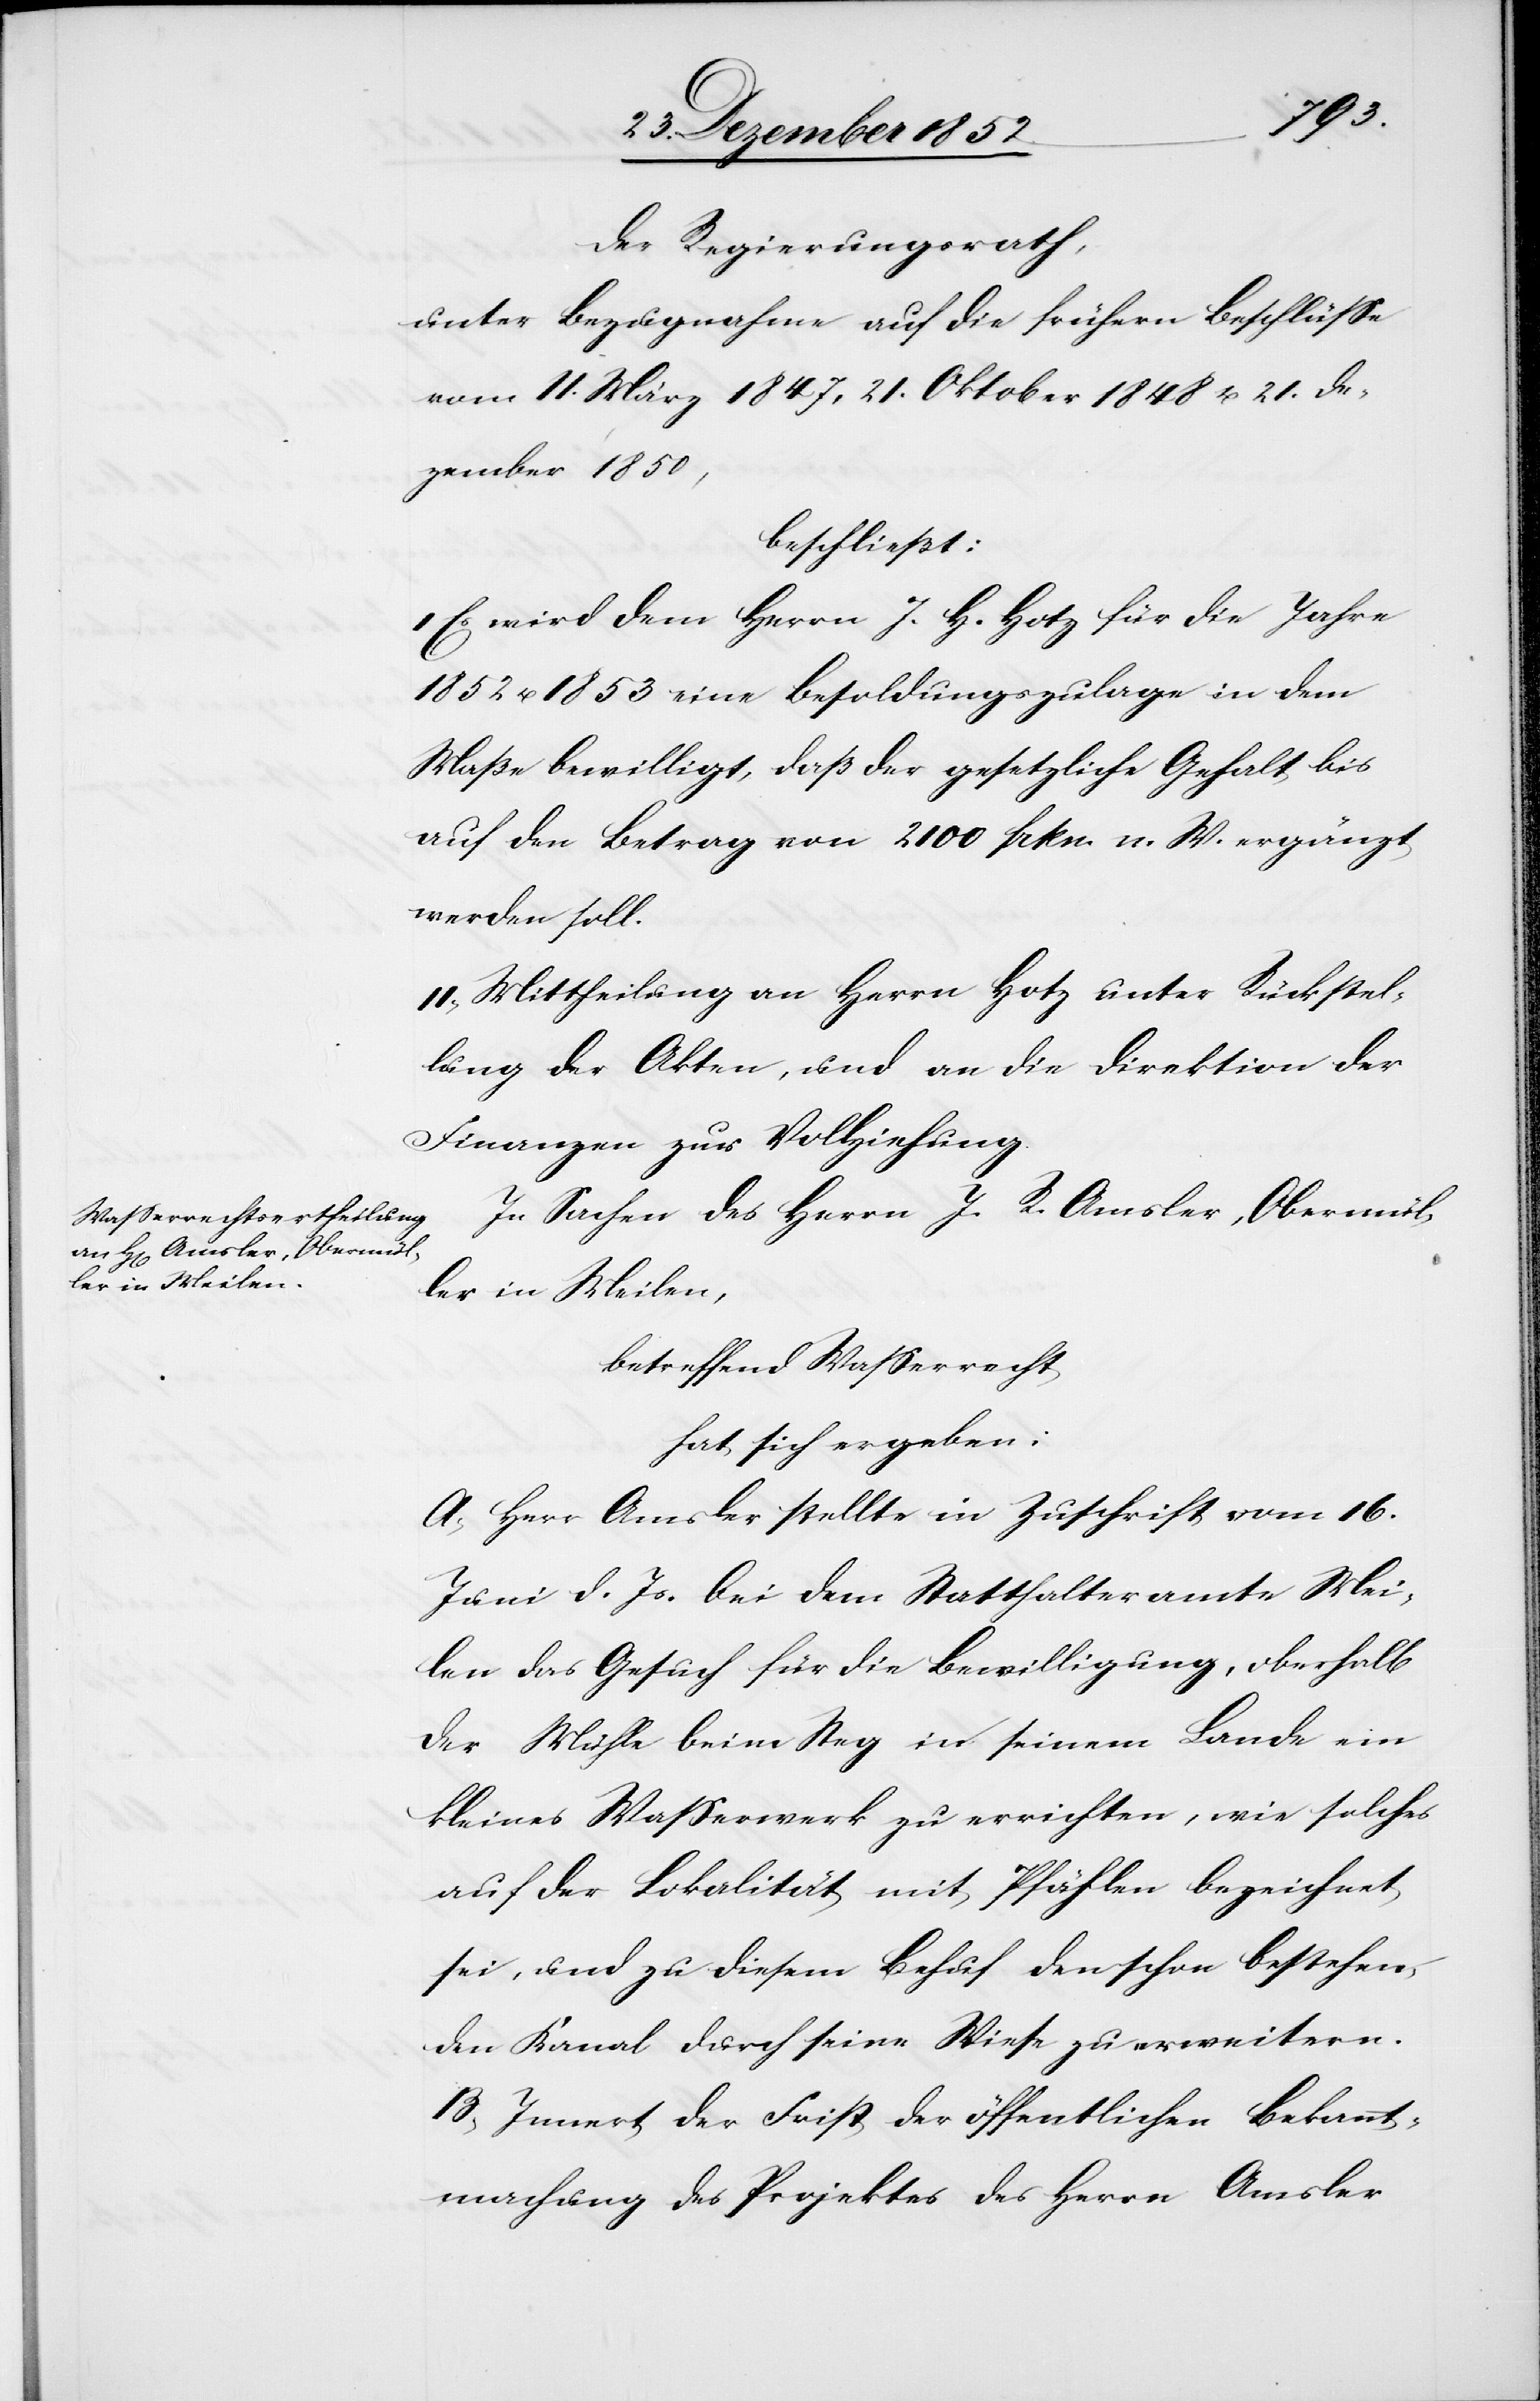
Der Regierungsrath,
unter Bezugnahme auf die frühern Beschlüsse
vom 11. März 1847, 21. Oktober 1848 u. 21. De¬
zember 1850,
beschließt:
I Es wird dem Herrn J. H. Hotz für die Jahre
1852 u. 1853 eine Besoldungszulage in dem
Maße bewilligt, daß der gesetzliche Gehalt bis
auf den Betrag von 2100 frkn. n. W. ergänzt
werden soll.
II, Mittheilung an Herrn Hotz unter Rückstel¬
lung der Akten, und an die Direktion der
Finanzen zur Vollziehung.
In Sachen des Herrn J. R. Amsler, Obermül¬
ler in Meilen,
betreffend Wasserrecht
hat sich ergeben:
A, Herr Amsler stellte in Zuschrift vom 16.
Juni d. Js. bei dem Statthalteramte Mei¬
len das Gesuch für die Bewilligung, oberhalb
der Mühle beim Steg in seinem Lande ein
kleines Wasserwerk zu errichten, wie solches
auf der Lokalität mit Pfählen bezeichnet
sei, und zu diesem Behuf den schon bestehen¬
den Kanal durch seine Wiese zu erweitern.
B, Innert der Frist der öffentlichen Bekannt¬
machung des Projektes des Herrn Amsler